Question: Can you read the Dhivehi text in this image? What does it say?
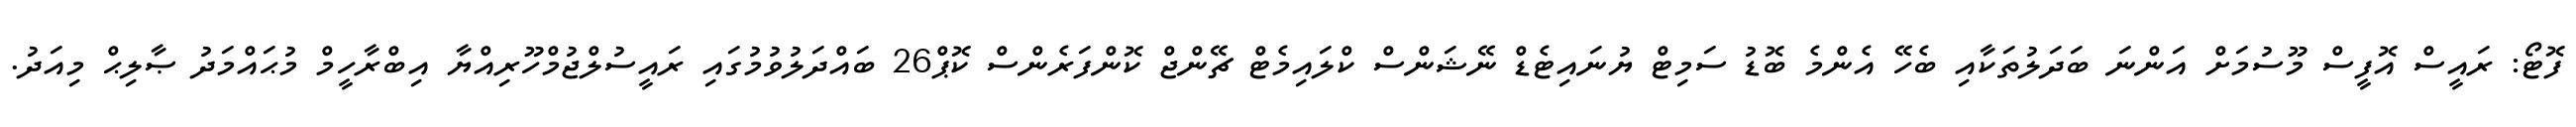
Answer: ފޮޓޯ: ރައީސް އޮފީސް މޫސުމަށް އަންނަ ބަދަލުތަކާއި ބެހޭ އެންމެ ބޮޑު ސަމިޓް ޔުނައިޓެޑް ނޭޝަންސް ކްލައިމެޓް ޗޭންޖް ކޮންފަރެންސް ކޮޕް26 ބައްދަލުވުމުގައި ރައީސުލްޖުމްހޫރިއްޔާ އިބްރާހީމް މުޙައްމަދު ޞާލިޙް މިއަދު.